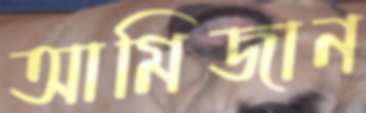
আমিজান